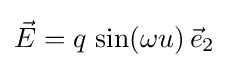
{\vec {E}}=q\,\sin(\omega u)\,{\vec {e}}_{2}